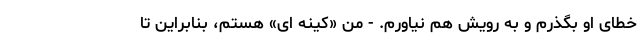
خطای او بگذرم و به رویش هم نیاورم. - من «کینه ای» هستم، بنابراین تا